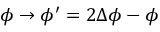
\phi \rightarrow \phi ^ { \prime } = 2 \Delta \phi - \phi